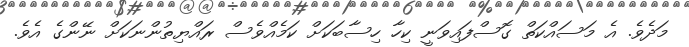
މަދެވެ. އެ މަސައްކަތް ގޮސްފައިވަނީ ކިހާ ހިސާބަކަށް ކަމެއްވެސް ރައްޔިތުންނަކަށް ނޭންގެ އެވެ.